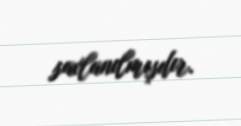
saxlanılmışdır.